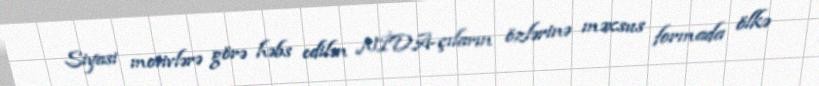
Siyasi motivlərə görə həbs edilən NİDA-çıların özlərinə məxsus formada ölkə